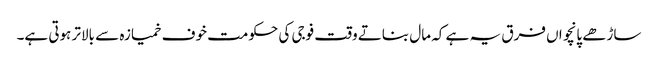
ساڑھے پانچواں فرق یہ ہے کہ مال بناتے وقت فوجی کی حکومت خوف خمیازہ سے بالاتر ہوتی ہے۔